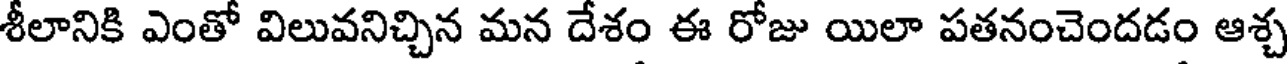
శీలానికి ఎంతో విలువనిచ్చిన మన దేశం ఈ రోజు యిలా పతనంచెందడం ఆశ్చ